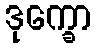
ဒုက္ခော